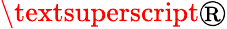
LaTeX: \textsuperscript{\textregistered}